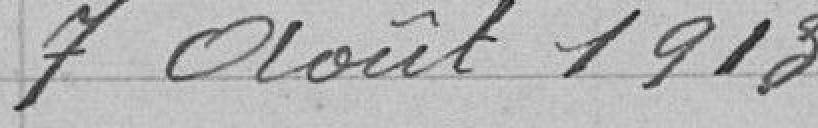
7 Août 1913.